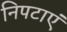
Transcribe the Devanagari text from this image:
निपटाएं